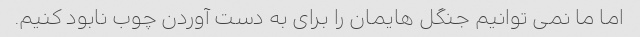
اما ما نمی توانیم جنگل هایمان را برای به دست آوردن چوب نابود کنیم.